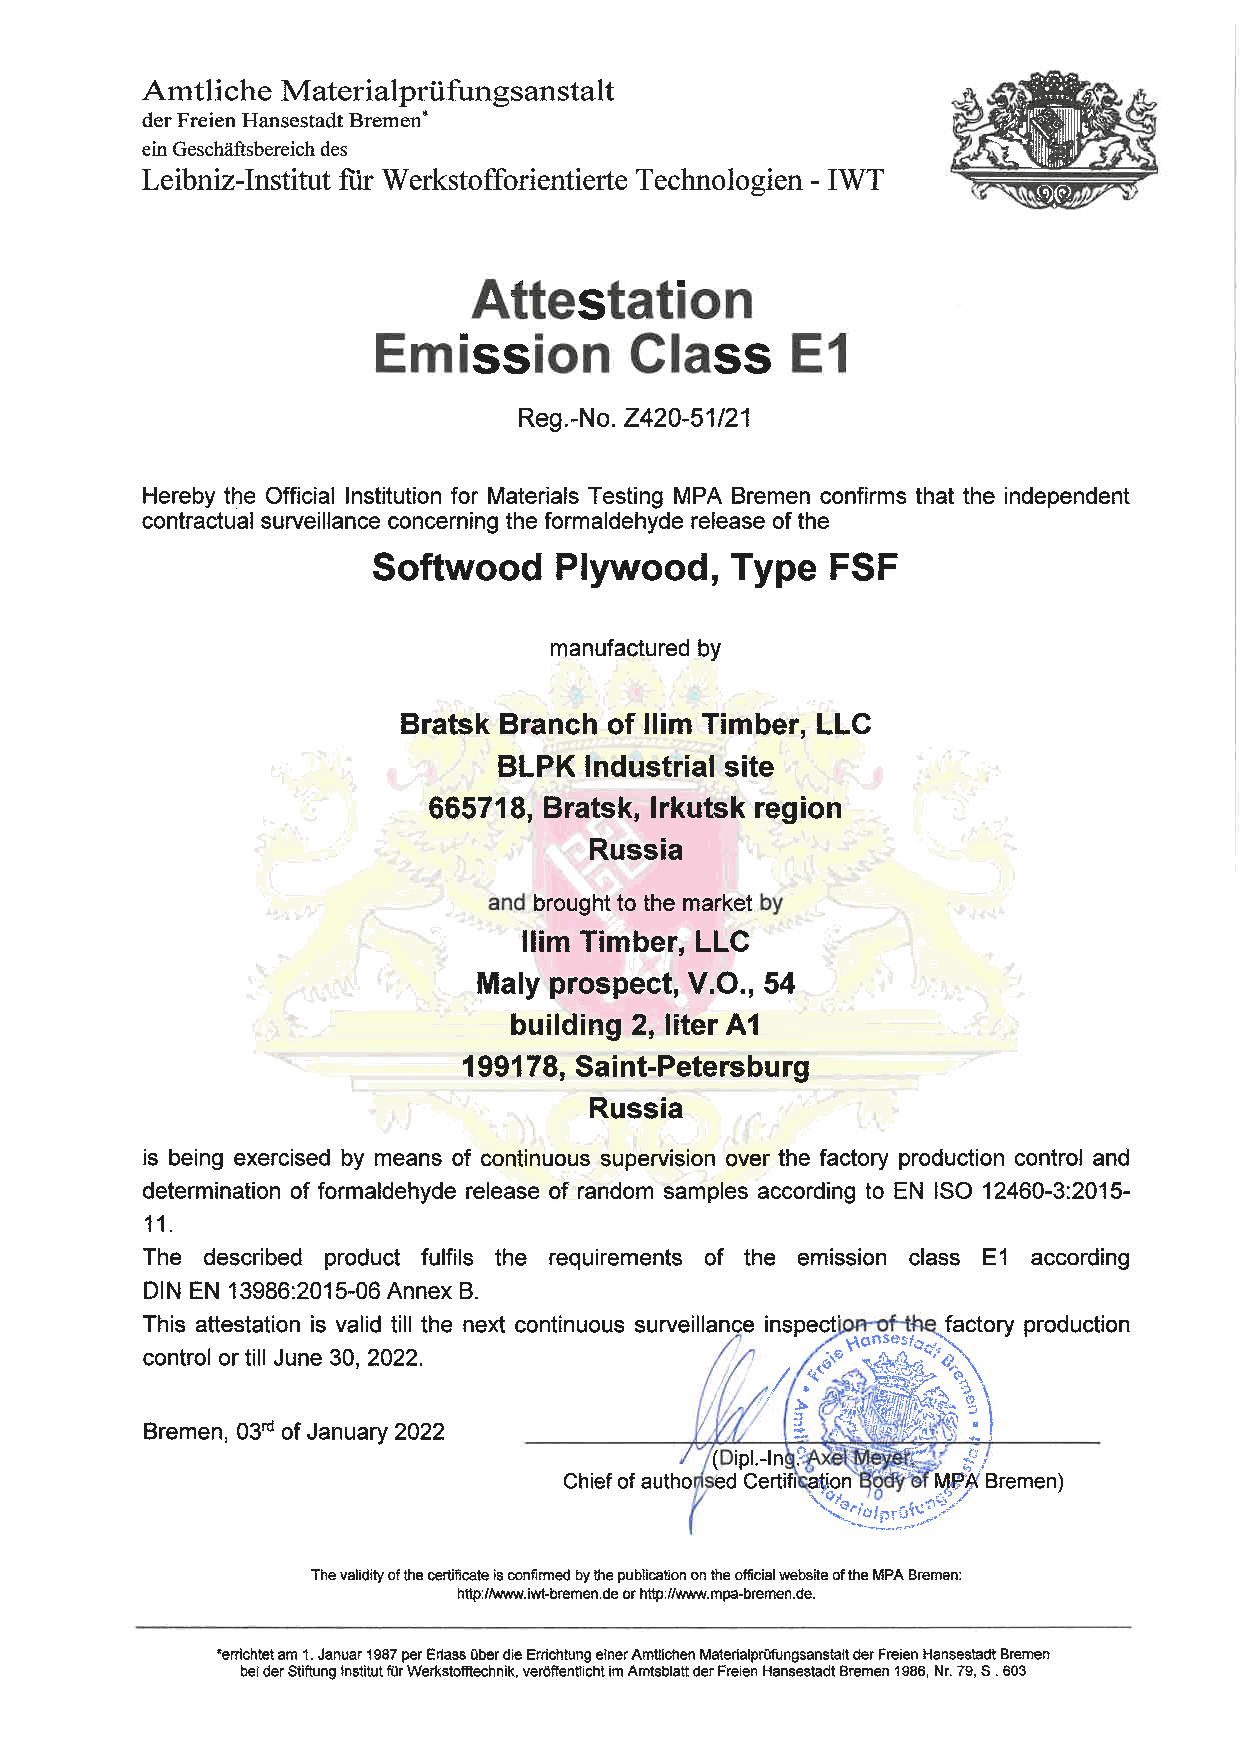
Amtliche  Materialprüfungsanstalt
 der Freien Hansestadt Bremen'
 ein Geschäftsbereich des
 Leibniz-Institut für Werkstofforientierte Technologien - IWT
 s  .
 Reg.-No. Z420-51/21
 Hereby the Official Institution for Materials Testing MPA Bremen confirms that the independent
 contractual surveillance concerning the formaldehyde release of the
 Softwood    Plywood,   Type   FSF
 manufactured by
 Bratsk Branch of llim Timber, LLC
 BLPK  Industrial site
 665718, Bratsk, Irkutsk region
 Russia
 brought to the market
 llim Timber, LLC
 Maly prospect, V.O., 54
 building2, literA1
 199178, Saint-Petersburg
 Russia
 is being exercised by means of continuous supervision over the factory production control and
 determination of formaldehyde release of random samples according to EN ISO 12460-3:2015-
 11.
 The described product fulfils the requirements of the emission class E1 according
 DIN EN 13986:2015-06A nnex B.
 This attestation is valid till the next continuous surveillance inspect" ^factory production
 /;?.-..-.''
 control or till June 30, 2022.               ^®'*^-fCcy'is
 / .'y.
 Bremen, 03rd of January 2022
 Chief of autho ed Certifi atjpn ' '
 \^,, p,^^
 The validlty of the certificate is confinned by the publication on the official website of the MPA Bremen:
 ht4>://www.iwt-bremen.de or http://www.mpa-bremen.de.
 'em'chtet am 1. Januar 1987 per Eriass Ober die Errichtung einer Amtlichen Maten'alprüfungsanstatt der Freien Hansestadt Bremen
 bei der Stiftung Institut für Werkstofflechnik, veröffentlicht im Amtsblatt der Freien Hansestadt Bremen 1986, Nr. 79, S. 603